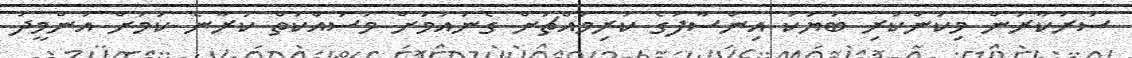
ސަރުކާރުން މިކަންކުރި ބަޔަކު އިންސާފުގެ ކުރިމައްޗަށް ގެނައުމަށް މަސައްކަތް ކުރާނެ ކަމަށް އުންމީދު